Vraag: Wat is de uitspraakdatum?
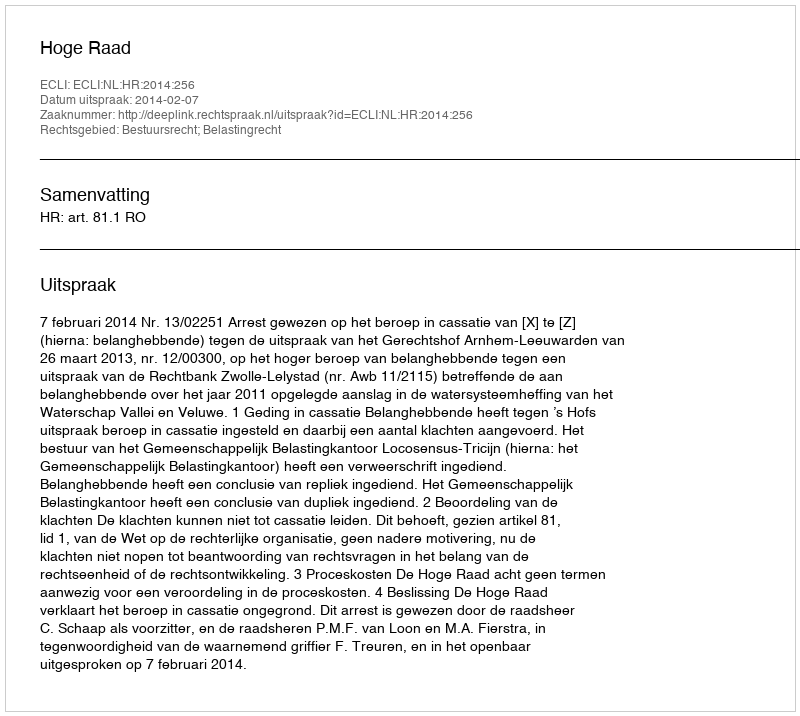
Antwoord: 2014-02-07